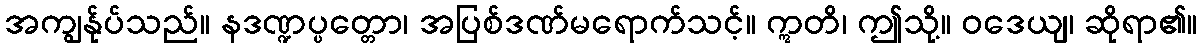
အကျွန်ုပ်သည်။ နဒဏ္ဍပ္ပတ္တော၊ အပြစ်ဒဏ်မရောက်သင့်။ ဣတိ၊ ဤသို့။ ဝဒေယျ၊ ဆိုရာ၏။